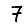
Digit: 7